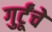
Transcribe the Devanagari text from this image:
गुर्टूंचे